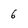
Character: 6